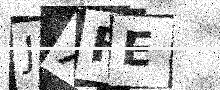
Text: JXFE